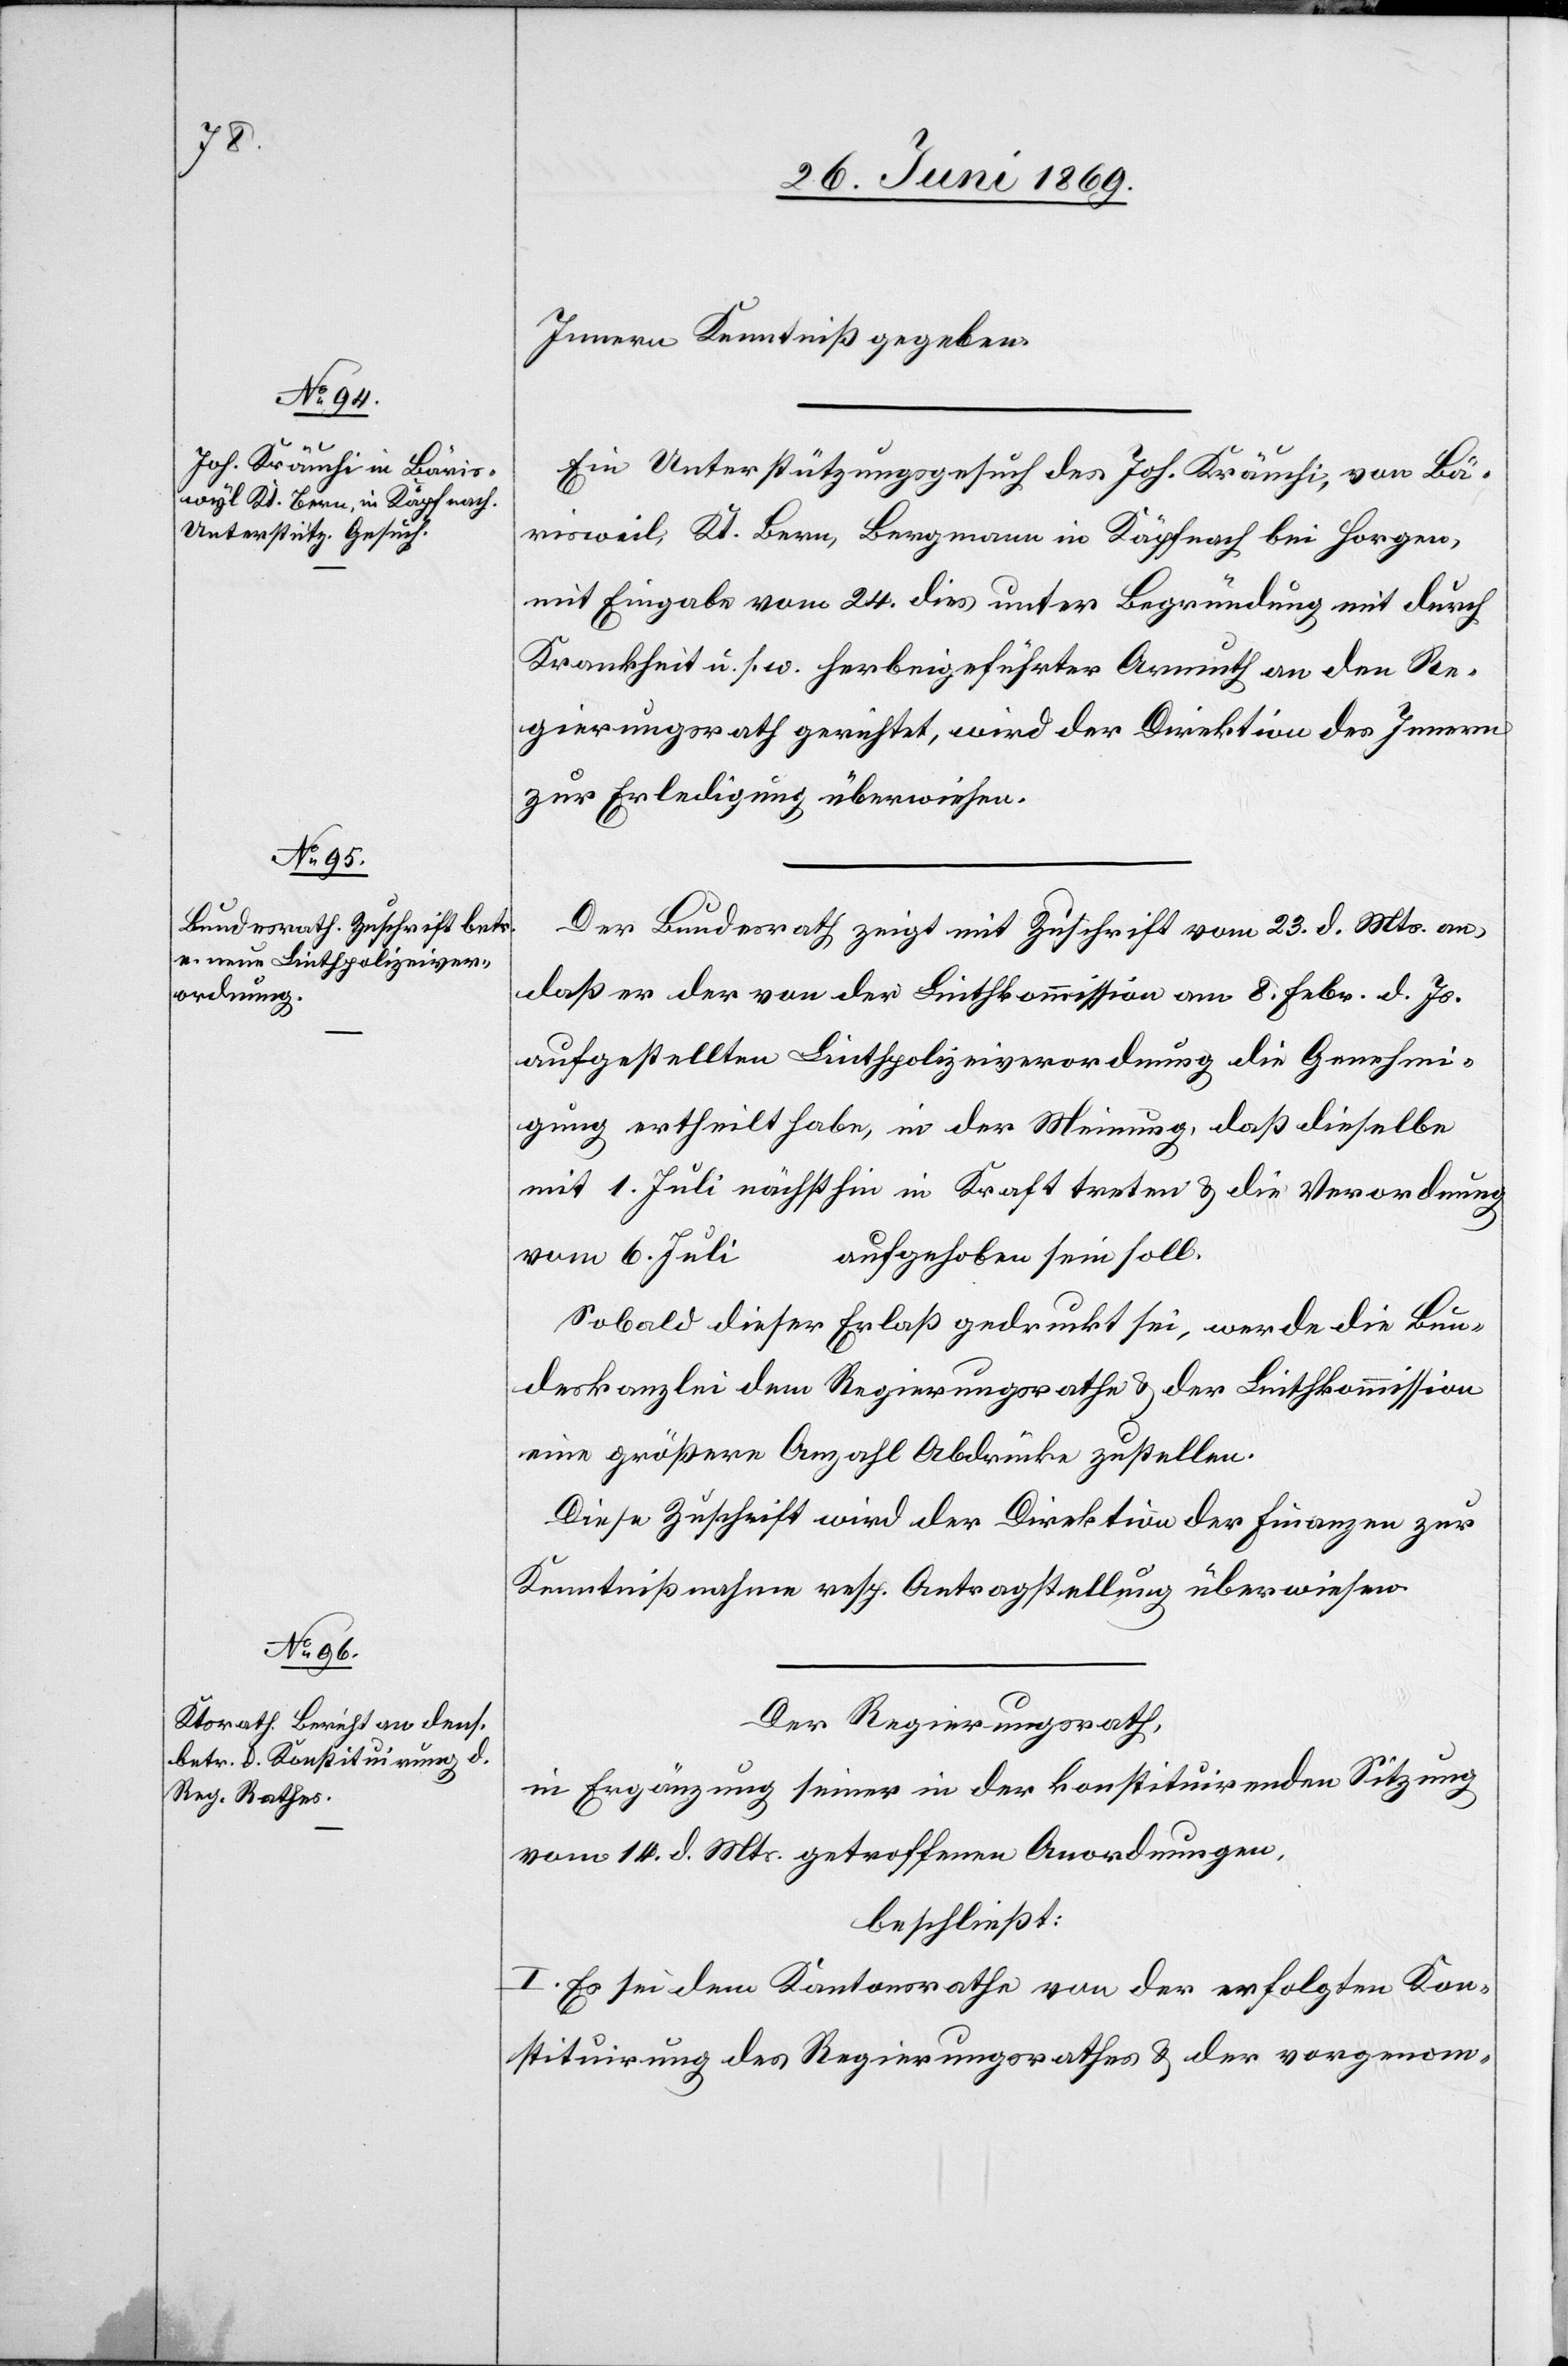
Innern Kenntniß gegeben.
Ein Unterstützungsgesuch des Joh. Krämli, von Bä¬
rnisweil, Kt. Bern, Bergmann in Käpfnach bei Horgen,
mit Eingabe vom 24 dies unter Begründung mit durch
Krankheit u. s. w. herbeigeführter Armuth an den Re¬
gierungsrath gerichtet, wird der Direktion des Innern
zur Erledigung überwiesen.
Der Bundesrath zeigt mit Zuschrift vom 23 d. Mts. an,
daß er der von der Linthkommission am 8 Febr. d. Js.
aufgestellten Linthpolizeiverordnung die Genehmi¬
gung ertheilt habe, in der Meinung, daß dieselbe
mit 1 Juli nächsthin in Kraft treten u. die Verordnung
aufgehoben sein soll.
vom 6 Juli
Sobald dieser Erlaß gedruckt sei, werde die Bun¬
deskanzlei dem Regierungsrathe u. der Linthkommission
eine größere Anzahl Abdrücke zustellen.
Diese Zuschrift wird der Direktion der Finanzen zur
Kenntnißnahme resp. Antragstellung überwiesen.
Der Regierungsrath,
in Ergänzung seiner in der konstituirenden Sitzung
vom 14 d. Mts. getroffenen Anordnungen,
beschließt:
I. Es sei dem Kantonsrathe von der erfolgten Kon¬
stituirung des Regierungsrathes u. der vorgenom-